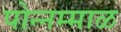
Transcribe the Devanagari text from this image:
पोन्नम्माळ